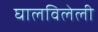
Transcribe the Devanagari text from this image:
घालविलेली